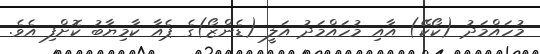
މުހައްމަދު (ކޯކޭ) އާއި މުހައްމަދު އަލީ (ޑެންޒޯ)ގެ ޕެއާ ކާމިޔާބު ކޮށްފި އެވެ.